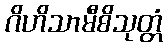
ဂိဟိသာမီစိသုတ္တံ